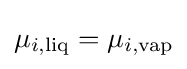
\mu _{i,{\text{liq}}}=\mu _{i,{\text{vap}}}